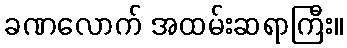
ခဏလောက် အထမ်းဆရာကြီး။